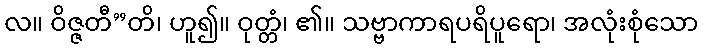
လ။ ဝိဇ္ဇတီ”တိ၊ ဟူ၍။ ဝုတ္တံ၊ ၏။ သဗ္ဗာကာရပရိပူရော၊ အလုံးစုံသော